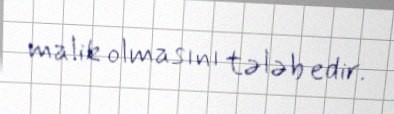
malik olmasını tələb edir.